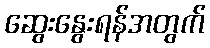
ဆွေးနွေးရန်အတွက်